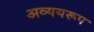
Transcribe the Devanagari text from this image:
अव्ययरूप